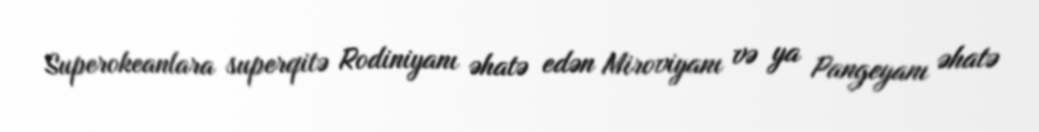
Superokeanlara superqitə Rodiniyanı əhatə edən Miroviyanı və ya Pangeyanı əhatə